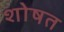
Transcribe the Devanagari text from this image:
शोषत